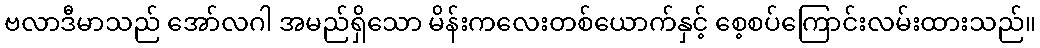
ဗလာဒီမာသည် အော်လဂါ အမည်ရှိသော မိန်းကလေးတစ်ယောက်နှင့် စေ့စပ်ကြောင်းလမ်းထားသည်။